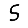
Digit: 5